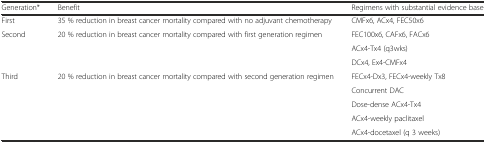
| Generation* | Benefit | Regimens with substantial evidence base |
 | --- | --- | --- |
 | First | 35 % reduction in breast cancer mortality compared with no adjuvant chemotherapy | CMFx6, ACx4, FEC50x6 |
 | <ROWSPAN=3> Second | <ROWSPAN=3> 20 % reduction in breast cancer mortality compared with first generation regimen | FEC100x6, CAFx6, FACx6 |
 | ACx4-Tx4 (q3wks) |
 | DCx4, Ex4-CMFx4 |
 | <ROWSPAN=5> Third | <ROWSPAN=5> 20 % reduction in breast cancer mortality compared with second generation regimen | FECx4-Dx3, FECx4-weekly Tx8 |
 | Concurrent DAC |
 | Dose-dense ACx4-Tx4 |
 | ACx4-weekly paclitaxel |
 | ACx4-docetaxel (q 3 weeks) |